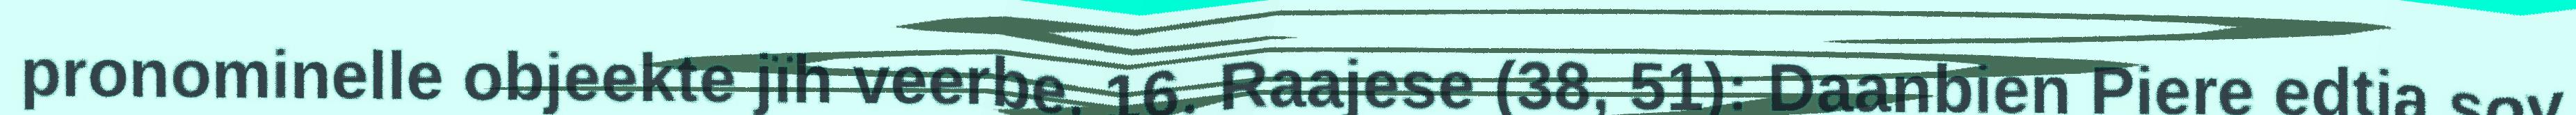
pronominelle objeekte jïh veerbe. 16. Raajese (38, 51): Daanbien Piere edtja sov